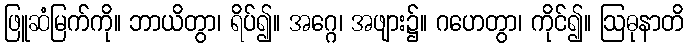
ဖြူဆံမြက်ကို။ ဘာယိတွာ၊ ရိပ်၍။ အဂ္ဂေ၊ အဖျား၌။ ဂဟေတွာ၊ ကိုင်၍။ ဩဓုနာတိ